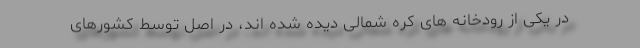
در یکی از رودخانه های کره شمالی دیده شده اند، در اصل توسط کشورهای